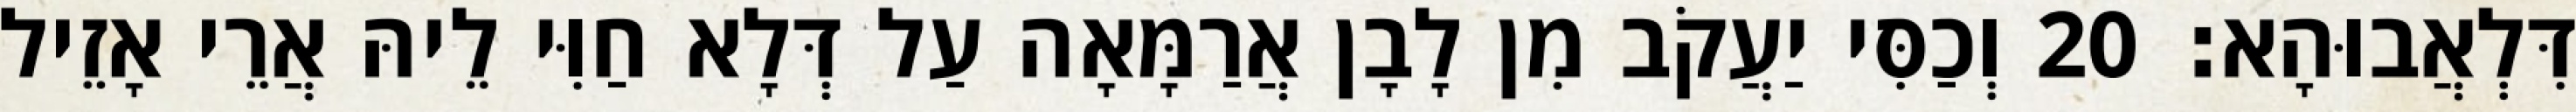
דִּלְאֲבוּהָא׃ 20 וְכַסִּי יַעֲקֹב מִן לָבָן אֲרַמָּאָה עַל דְּלָא חַוִּי לֵיהּ אֲרֵי אָזֵיל